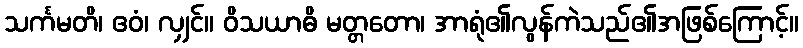
သင်္ကမတိ၊ ဧဝံ၊ လျှင်။ ဝိသယာဓိ မတ္တတော၊ အာရုံ၏လွန်ကဲသည်၏အဖြစ်ကြောင့်။